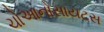
ચોઆનોસાયટસ